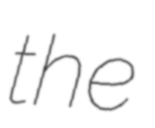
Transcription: the